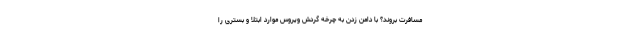
مسافرت بروند؟ با دامن زدن به چرخه گردش ویروس موارد ابتلا و بستری را